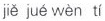
jiě jué wèn tí